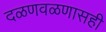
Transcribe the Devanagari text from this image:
दळणवळणासही